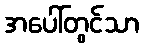
အပေါ်တွင်သာ